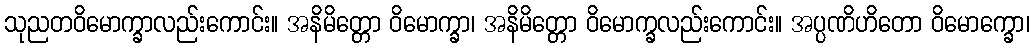
သုညတဝိမောက္ခာလည်းကောင်း။ အနိမိတ္တော ဝိမောက္ခာ၊ အနိမိတ္တော ဝိမောက္ခလည်းကောင်း။ အပ္ပဏိဟိတော ဝိမောက္ခော၊